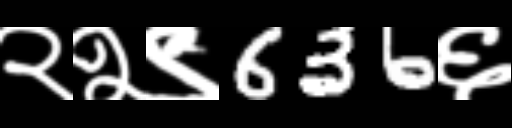
Text: २२९636६